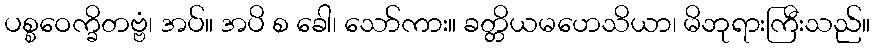
ပစ္စဝေက္ခိတဗ္ဗံ၊ အပ်။ အပိ စ ခေါ၊ သော်ကား။ ခတ္တိယမဟေသိယာ၊ မိဘုရားကြီးသည်။